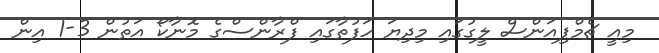
މިއީ ޗެމްޕިއަންސް ލީގުގަައި މިދިޔަ ހަފުތާގައި ފްރާންސްގެ މޮނާކޯ އަތުން 3-1 އިން